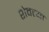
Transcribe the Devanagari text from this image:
शेवत्या